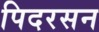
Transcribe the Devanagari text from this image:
पिदरसन